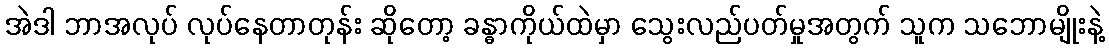
အဲဒါ ဘာအလုပ် လုပ်နေတာတုန်း ဆိုတော့ ခန္ဓာကိုယ်ထဲမှာ သွေးလည်ပတ်မှုအတွက် သူက သဘောမျိုးနဲ့